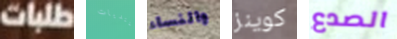
طلبات لمنتديات والنساء كوينز الصدع